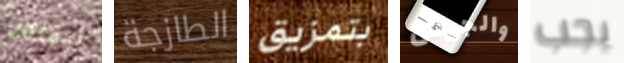
لبقائك الطازجة بتمزيق والجيش يجب